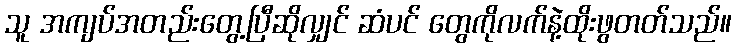
သူ အကျပ်အတည်းတွေ့ပြီဆိုလျှင် ဆံပင် တွေကိုလက်နဲ့ထိုးဖွတတ်သည်။